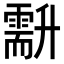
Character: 𠧍